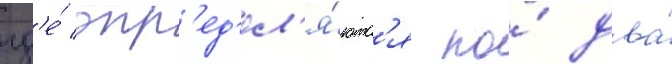
гд'е́ опр'ед'ел'я́ютс'я по́ два́